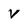
Character: v